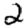
Digit: 2